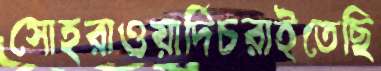
সোহরাওয়ার্দিচরাইতেছি